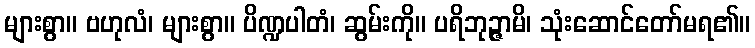
များစွာ။ ဗဟုလံ၊ များစွာ။ ပိဏ္ဍပါတံ၊ ဆွမ်းကို။ ပရိဘုဉ္ဇာမိ၊ သုံးဆောင်တော်မရ၏။